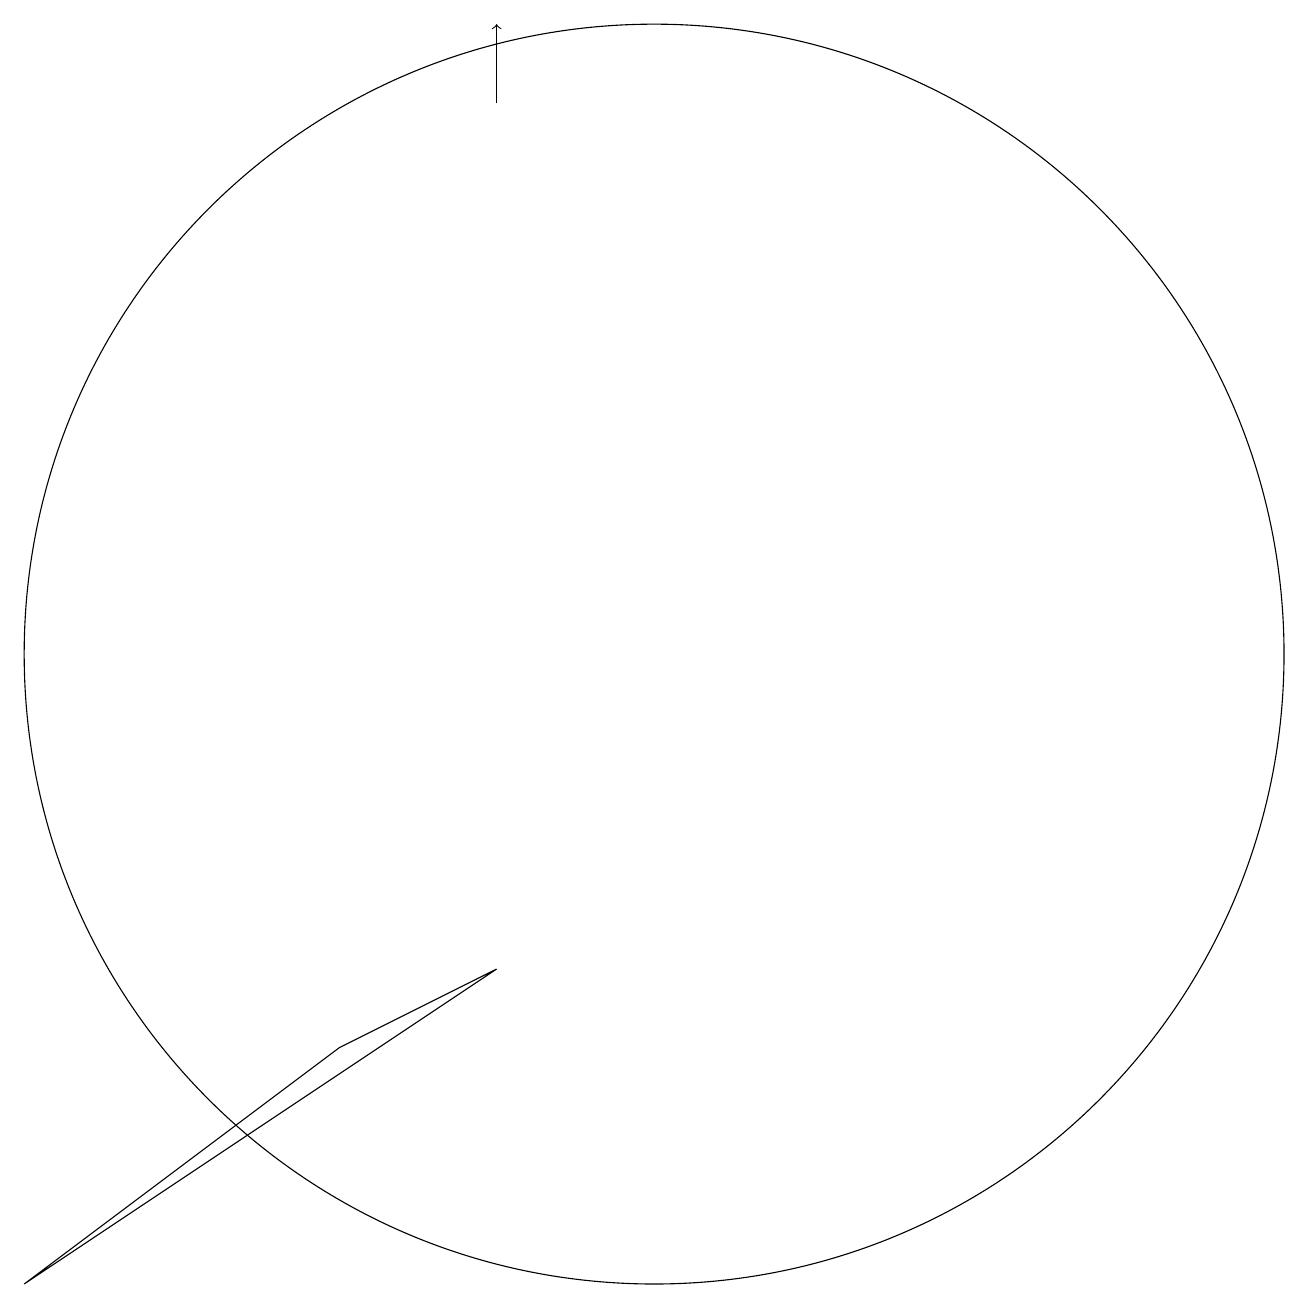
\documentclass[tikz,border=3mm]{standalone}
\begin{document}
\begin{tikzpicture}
\draw (7,5) -- (3,2) -- (9,6) -- cycle;
\draw (11,10) circle (8);
\draw[->] (9,17) -- (9,18);
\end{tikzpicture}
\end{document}